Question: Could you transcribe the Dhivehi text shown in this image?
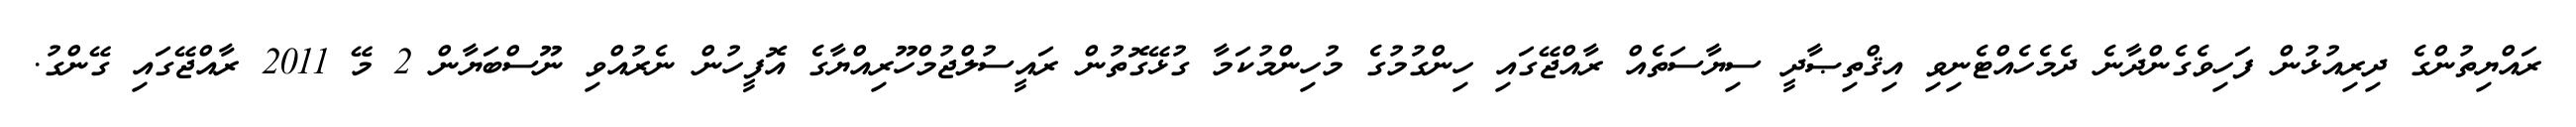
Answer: ރައްޔިތުންގެ ދިރިއުޅުން ފަހިވެގެންދާނެ ދެމެހެއްޓެނިވި އިޤްތިޞާދީ ސިޔާސަތެއް ރާއްޖޭގައި ހިންގުމުގެ މުހިންމުކަމާ ގުޅޭގޮތުން ރައީސުލްޖުމްހޫރިއްޔާގެ އޮފީހުން ނެރުއްވި ނޫސްބަޔާން 2 މޭ 2011 ރާއްޖޭގައި ގޭންގު.